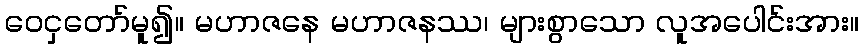
ဝေငှတော်မူ၍။ မဟာဇနေ မဟာဇနဿ၊ များစွာသော လူအပေါင်းအား။